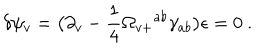
\delta \psi _ { v } = \bigl ( \partial _ { v } - { \frac { 1 } { 4 } } \Omega _ { v + } { } ^ { a b } \gamma _ { a b } \bigr ) \epsilon = 0 \ .